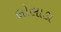
લોલાડા